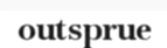
outsprue